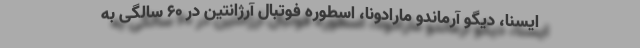
ایسنا، دیگو آرماندو مارادونا، اسطوره فوتبال آرژانتین در ۶۰ سالگی به